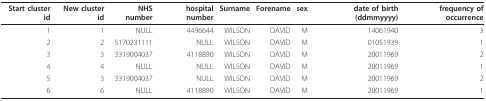
<table><thead><tr><td><b>Start cluster id</b></td><td><b>New cluster id</b></td><td><b>NHS number</b></td><td><b>hospital number</b></td><td><b>Surname</b></td><td><b>Forename</b></td><td><b>sex</b></td><td><b>date of birth (ddmmyyyy)</b></td><td><b>frequency of occurrence</b></td></tr></thead><tbody><tr><td>1</td><td>1</td><td>NULL</td><td>4496644</td><td>WILSON</td><td>DAVID</td><td>M</td><td>14061940</td><td>3</td></tr><tr><td>2</td><td>2</td><td>5170231111</td><td>NULL</td><td>WILSON</td><td>DAVID</td><td>M</td><td>01051939</td><td>1</td></tr><tr><td>3</td><td>3</td><td>3319004037</td><td>4118890</td><td>WILSON</td><td>DAVID</td><td>M</td><td>20011969</td><td>2</td></tr><tr><td>4</td><td>4</td><td>NULL</td><td>NULL</td><td>WILSON</td><td>DAVID</td><td>M</td><td>20011969</td><td>1</td></tr><tr><td>5</td><td>3</td><td>3319004037</td><td>NULL</td><td>WILSON</td><td>DAVID</td><td>M</td><td>20011969</td><td>2</td></tr><tr><td>6</td><td>6</td><td>NULL</td><td>4118890</td><td>WILSON</td><td>DAVID</td><td>M</td><td>20011969</td><td>1</td></tr></tbody></table>